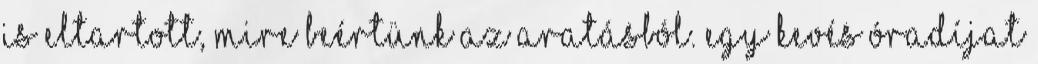
is eltartott, mire beértünk az aratásból. Egy kevés óradíjat